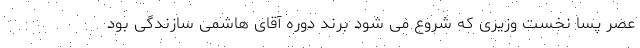
عصر پسا نخست وزیری که شروع می شود برند دوره آقای هاشمی سازندگی بود